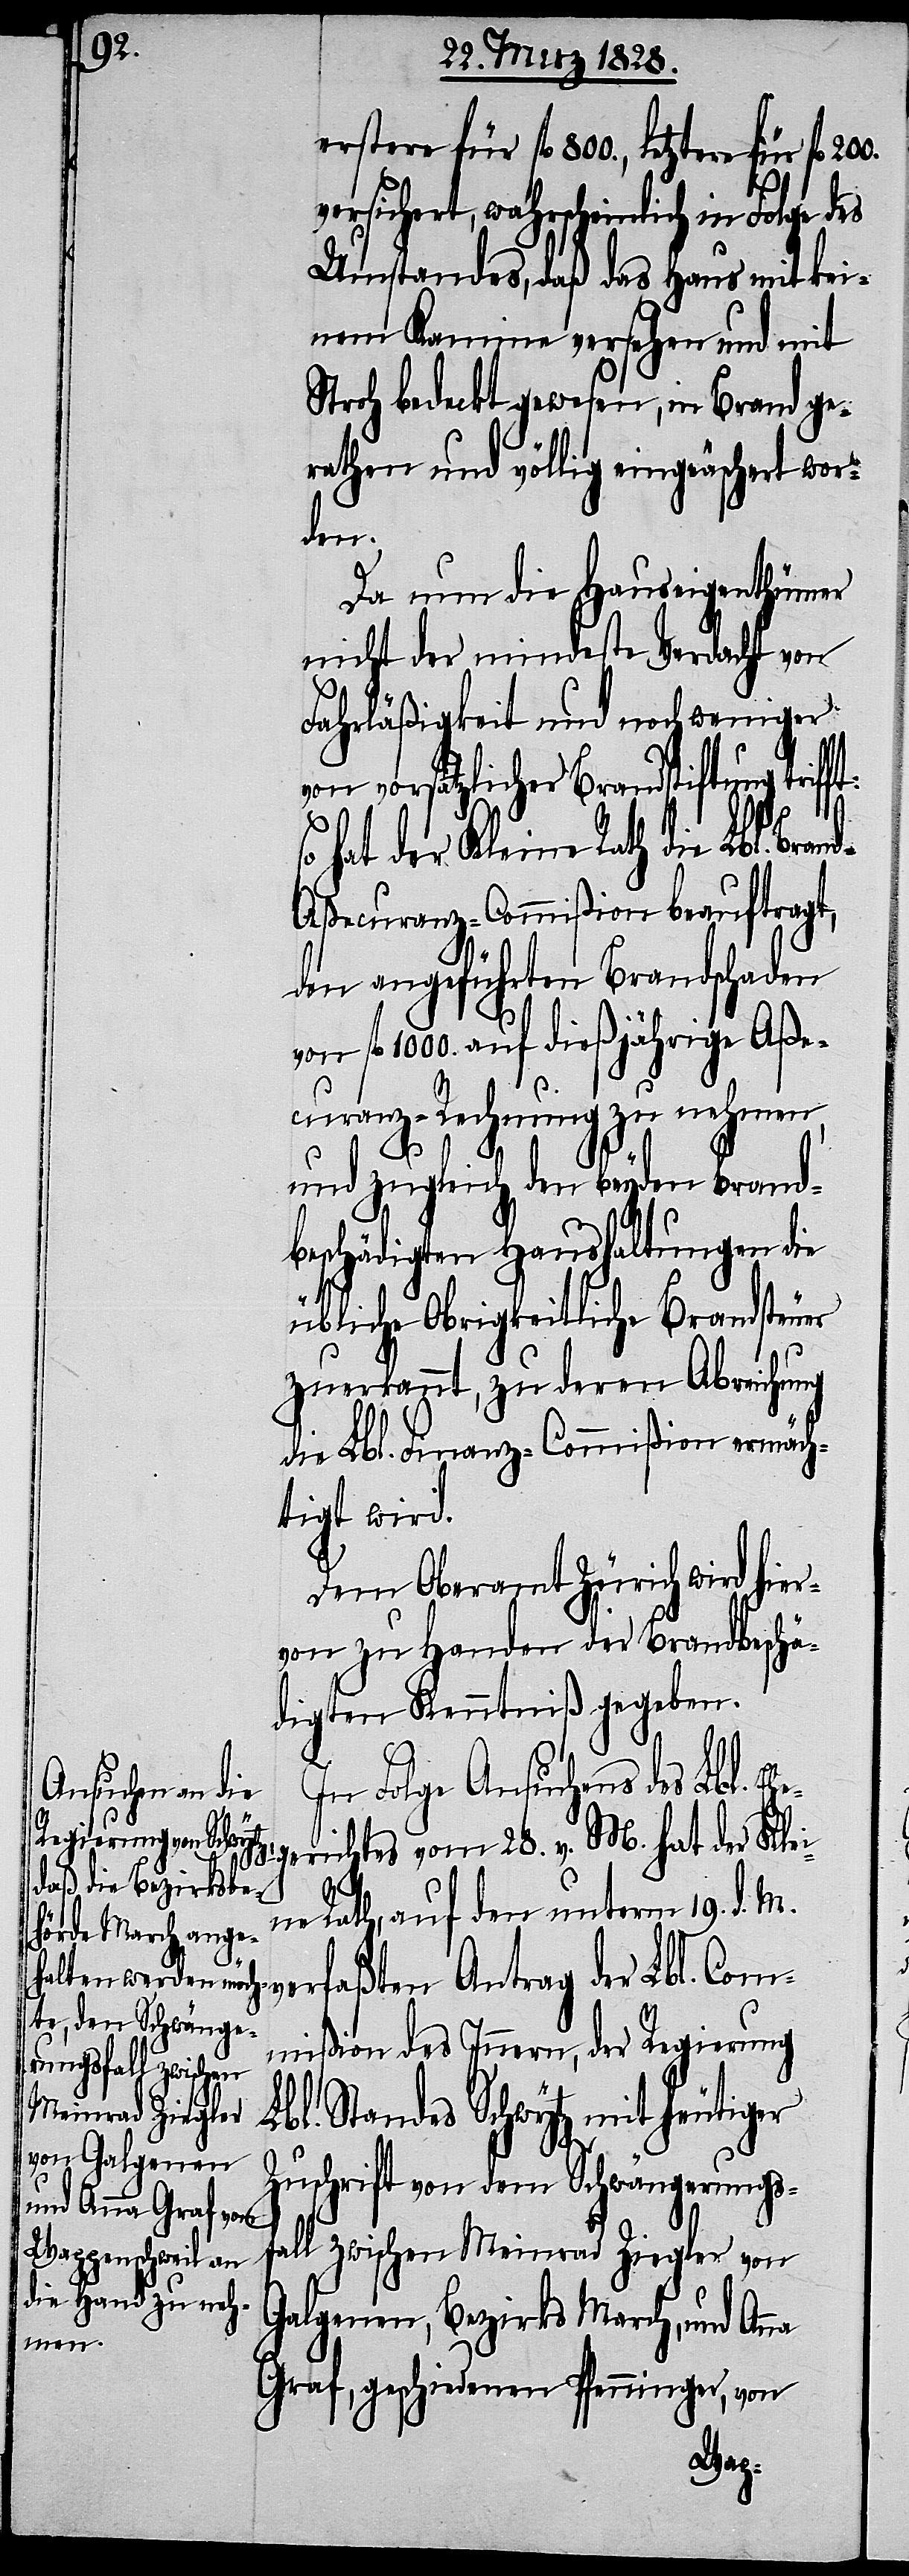
erstere für fl. 800., letztere für fl.
versichert, wahrscheinlich in Folge des
Umstandes, daß das Haus mit kei¬
nem Kamine versehen und mit
Stroh bedeckt gewesen, in Brand ge¬
rathen und völlig eingeäschert wor¬
den.
Da nun die Hauseigenthümer
nicht der mindeste Verdacht von
Fahrläßigkeit und noch weniger
von vorsätzlicher Brandstiftung trif¬
ft:
so hat der Kleine Rath die Lbl. Bran¬
d-Aßecuranz-Commißion beauftragt,
den angeführten Brandschaden
fl. 1000. auf dießjährige Aße¬
curanz-Rechnung zu nehmen,
und zugleich den beyden brand¬
beschädigten Haushaltungen die
übliche Obrigkeitliche Brandsteuer
zuerkannt, zu deren Abreichung
die Lbl. Finanz-Commißion ermäch¬
tigt wird.
Dem Oberamt Zürich wird hier¬
von zu Handen der Brandbeschä¬
digten Kenntniß gegeben.
na
In Folge Ansuchens des Lbl. Eh¬
egerichtes vom 28. v. M. hat der Klei¬
ne Rath, auf den unterm 19. d. M.
verfaßten Antrag der Lbl. Com¬
mißion des Innern, der Regierung
Lbl. Standes Schwytz mit heutiger
Zuschrift von dem Schwängerungs¬
fall zwischen Meinrad Ziegler von
Galgenen, Bezirks March, und An¬
Graf, geschiedene Pfenninger, von